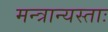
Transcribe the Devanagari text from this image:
मन्त्रान्यस्ताः